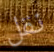
نقل